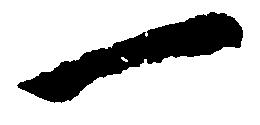
一